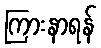
ကြားနာရန်